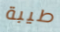
طيبة